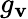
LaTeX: g_{\mathbf{v}}